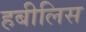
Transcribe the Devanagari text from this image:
हबीलिस